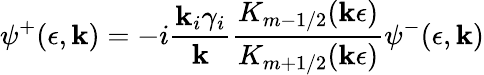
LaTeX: \psi^{+}(\epsilon,\mathbf{k})=-i\frac{{\mathbf{k}_{i}\gamma_{i}}}{{\mathbf{k}}}\frac{{K_{m-1/2}(\mathbf{k}\epsilon)}}{{K_{m+1/2}(\mathbf{k}\epsilon)}}\psi^{-}(\epsilon,\mathbf{k})